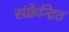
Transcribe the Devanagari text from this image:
संक्रेन्द्रित